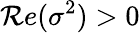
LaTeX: {\cal R}e(\sigma^{2})>0